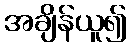
အချိန်ယူ၍